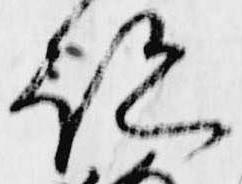
跡